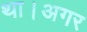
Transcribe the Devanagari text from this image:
था।अगर